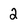
Character: 2